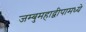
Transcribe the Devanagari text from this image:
जम्बुमहाद्वीपामध्ये